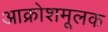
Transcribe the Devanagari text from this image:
आक्रोशमूलक